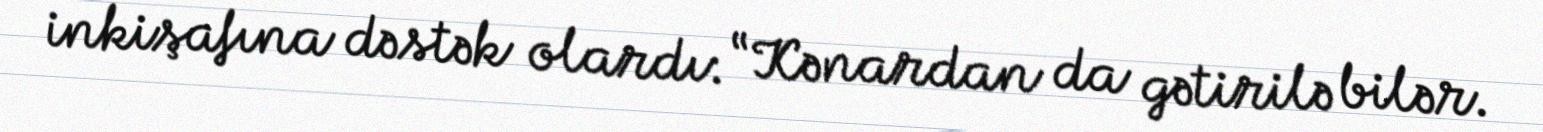
inkişafına dəstək olardı: “Kənardan da gətirilə bilər.